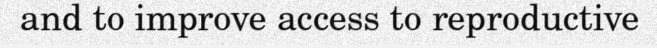
and to improve access to reproductive